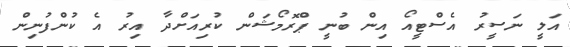
އަލީ ނަސީރު އެސްޓީއޯ އިން ބުނީ ޕްރޮމޯޝަން ކުރިއަށްދާ އިރު އެ ކުންފުނިން